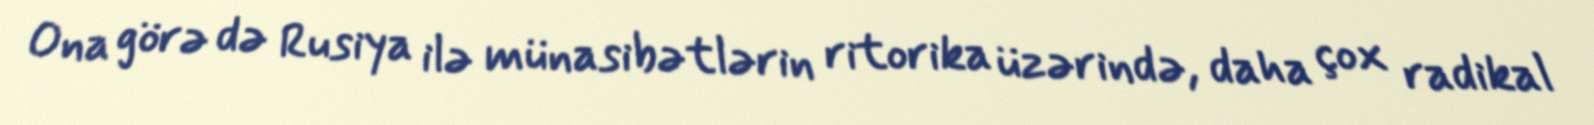
Ona görə də Rusiya ilə münasibətlərin ritorika üzərində, daha çox radikal